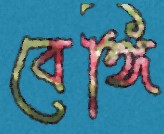
বেঙ্গি